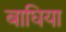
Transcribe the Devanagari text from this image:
बाघिया